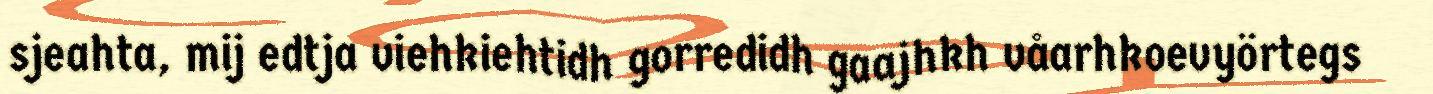
sjeahta, mij edtja viehkiehtidh gorredidh gaajhkh våarhkoevyörtegs